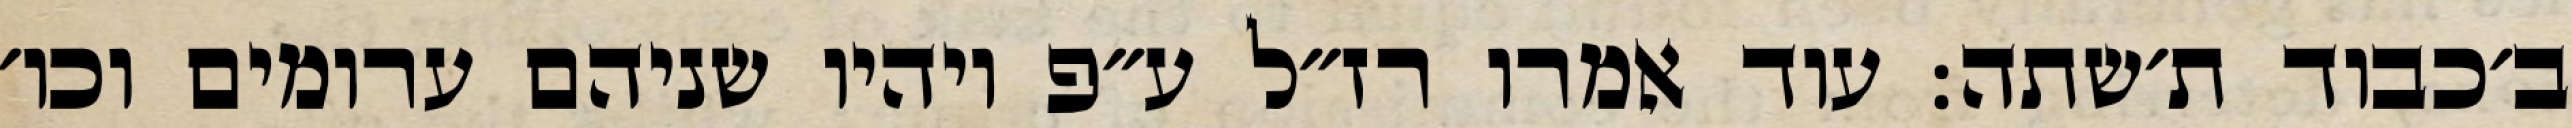
ב׳כבוד ת׳שתה: עוד אמרו רז״ל ע״פ ויהיו שניהם ערומים וכו׳